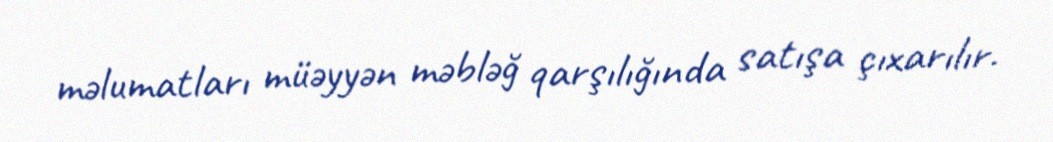
məlumatları müəyyən məbləğ qarşılığında satışa çıxarılır.